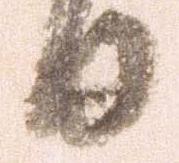
日